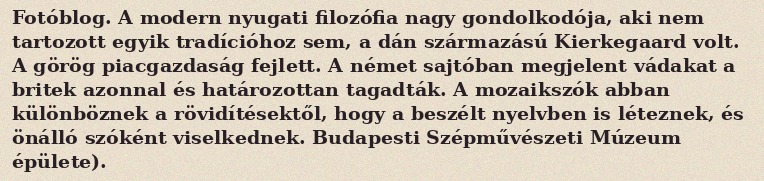
Fotóblog. A modern nyugati filozófia nagy gondolkodója, aki nem tartozott egyik tradícióhoz sem, a dán származású Kierkegaard volt. A görög piacgazdaság fejlett. A német sajtóban megjelent vádakat a britek azonnal és határozottan tagadták. A mozaikszók abban különböznek a rövidítésektől, hogy a beszélt nyelvben is léteznek, és önálló szóként viselkednek. Budapesti Szépművészeti Múzeum épülete).